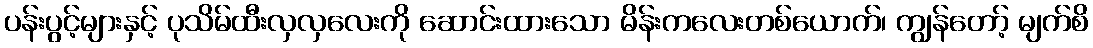
ပန်းပွင့်များနှင့် ပုသိမ်ထီးလှလှလေးကို ဆောင်းထားသော မိန်းကလေးတစ်ယောက်၊ ကျွန်တော့် မျက်စိ